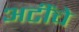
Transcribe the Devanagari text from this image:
अटींचे